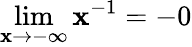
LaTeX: \operatorname*{lim}_{\mathbf{x}\to-\infty}{\mathbf{x}^{-1}}=-0